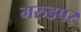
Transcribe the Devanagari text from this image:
गरुडपर